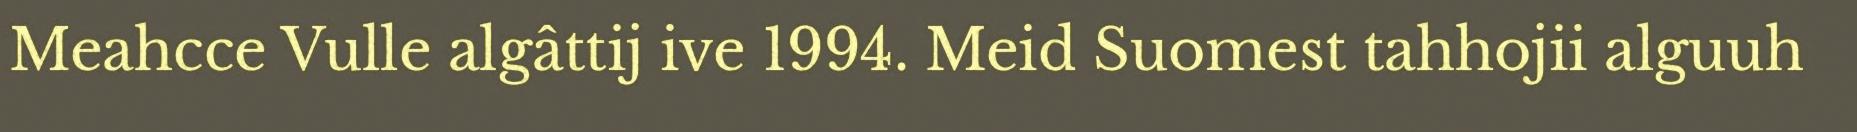
Meahcce Vulle algâttij ive 1994. Meid Suomest tahhojii alguuh